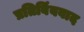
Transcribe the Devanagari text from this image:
प्रतिबिंबवाद